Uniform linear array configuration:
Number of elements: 32
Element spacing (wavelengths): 0.5
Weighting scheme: cosine
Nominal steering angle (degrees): -30
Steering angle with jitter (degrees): -29.323
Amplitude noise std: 0.05
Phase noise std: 0.05

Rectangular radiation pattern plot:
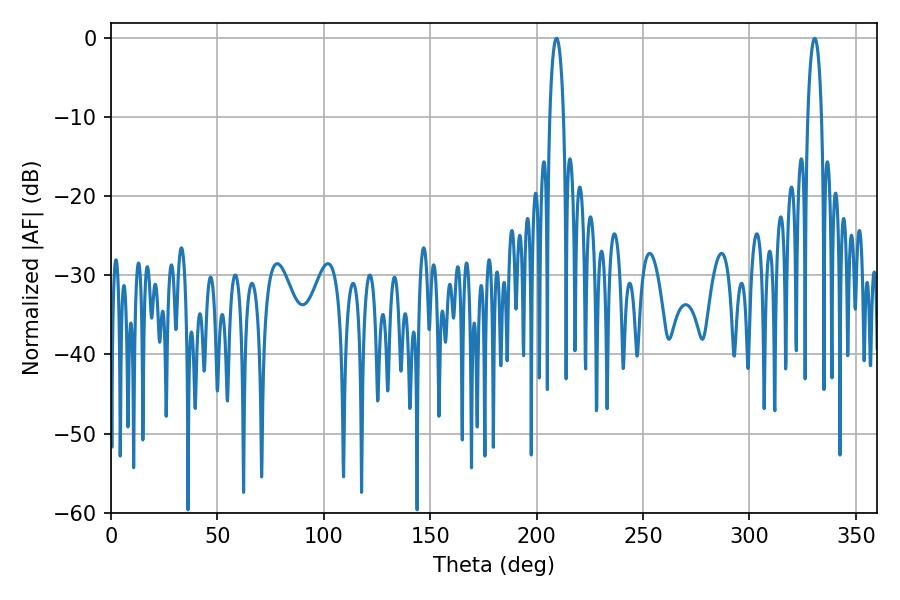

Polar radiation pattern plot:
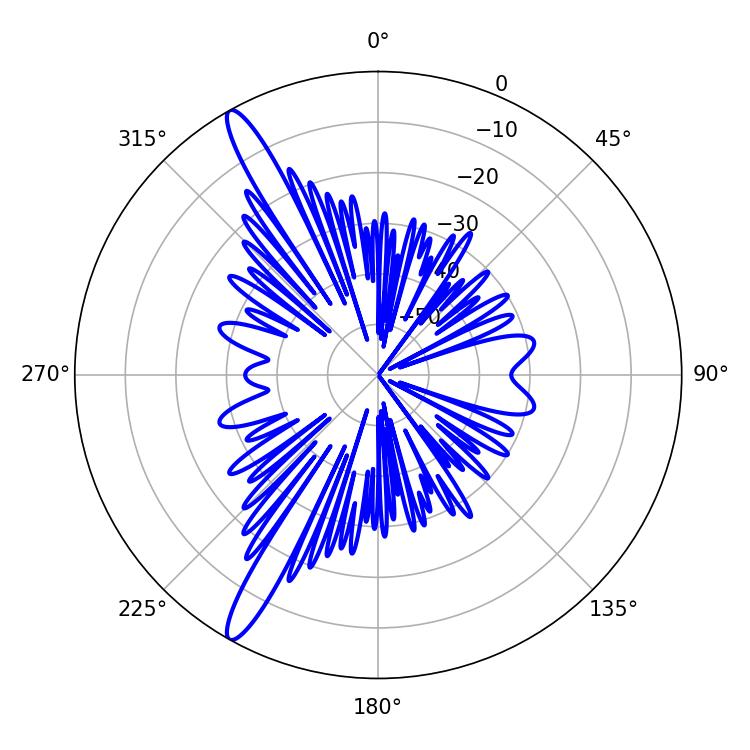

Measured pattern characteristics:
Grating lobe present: FALSE
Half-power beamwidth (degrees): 3.6
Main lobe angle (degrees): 209.34